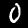
Label: 0